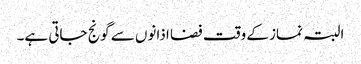
البتہ نماز کے وقت فضا اذانوں سے گونج جاتی ہے۔